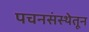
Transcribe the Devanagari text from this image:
पचनसंस्थेतून